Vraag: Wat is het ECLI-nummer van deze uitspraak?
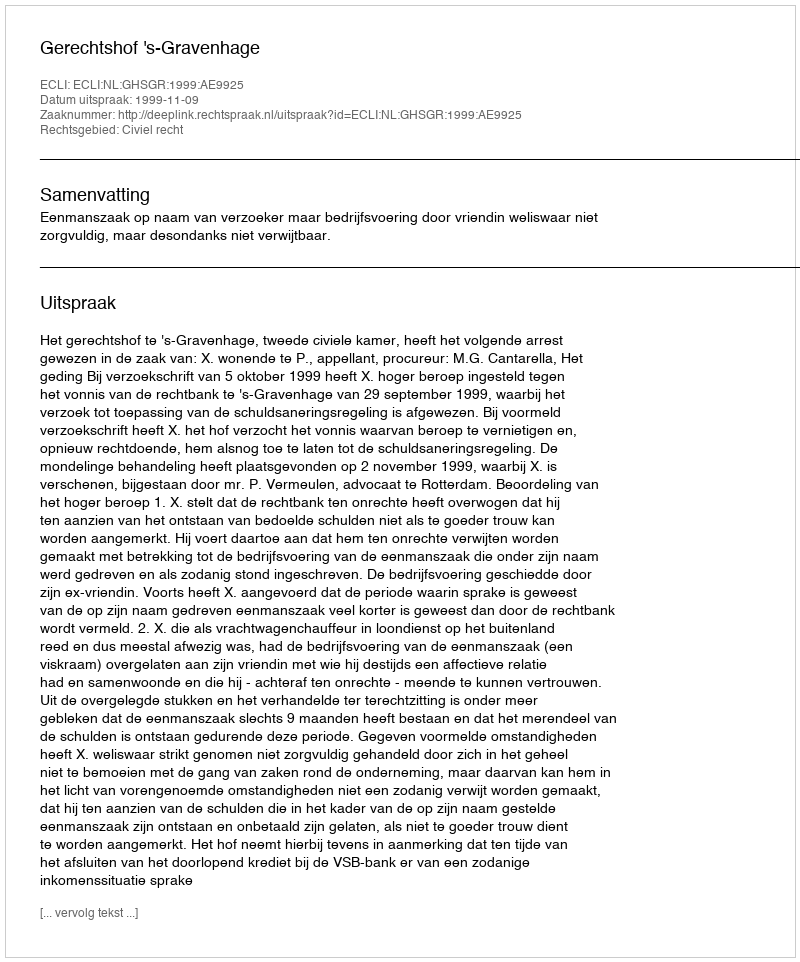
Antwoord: ECLI:NL:GHSGR:1999:AE9925